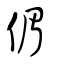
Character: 𠋥